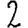
Digit: 2